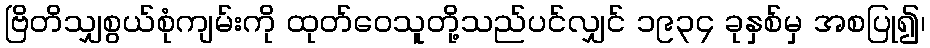
ဗြိတိသျှစွယ်စုံကျမ်းကို ထုတ်ဝေသူတို့သည်ပင်လျှင် ၁၉၃၄ ခုနှစ်မှ အစပြု၍၊